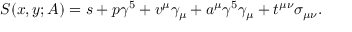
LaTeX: S ( x , y ; A ) = s + p \gamma ^ { 5 } + v ^ { \mu } \gamma _ { \mu } + a ^ { \mu } \gamma ^ { 5 } \gamma _ { \mu } + t ^ { \mu \nu } \sigma _ { \mu \nu } .